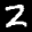
Label: 2